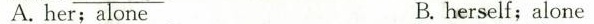
A. her;alone B. herself;alone